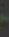
-